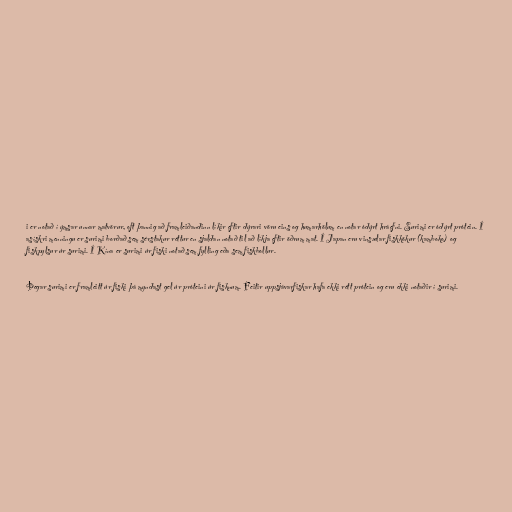
i er notað í ýmsar unnar matvörur, oft þannig að framleiðandinn líkir eftir dýrari vöru eins og humarhölum en notar ódýrt hráefni. Surimi er ódýrt prótein. Í
asískri menningu er surimi borðað sem sérstakur réttur en sjaldan notað til að líkja eftir öðrum mat. Í Japan eru vinsælar fiskkökur (kamboko) og
fiskpylsur úr surimi. Í Kína er surimi úr fiski notað sem fylling eða sem fiskbollur.

Þegar surimi er framleitt úr fiski þá myndast gel úr próteini úr fisknum. Feitir uppsjávarfiskar hafa ekki rétt prótein og eru ekki notaðir í surimi.